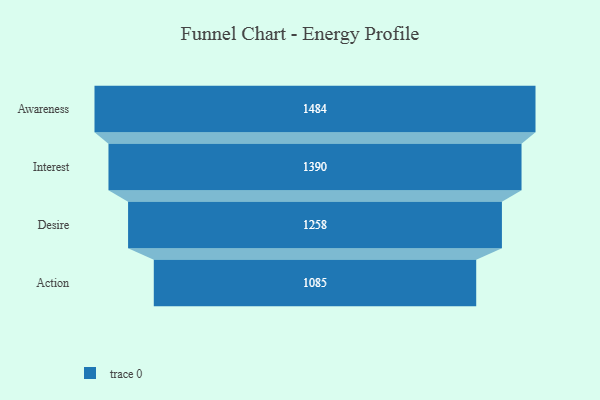
{"axis": {"x": "Stage", "y": "Value"}, "legend": [""], "data": [{"x": "Awareness", "y": 1484.0, "type": ""}, {"x": "Interest", "y": 1390.0, "type": ""}, {"x": "Desire", "y": 1258.0, "type": ""}, {"x": "Action", "y": 1085.0, "type": ""}]}